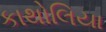
કાથોલિયા